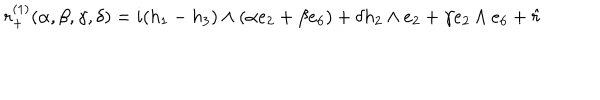
r _ { + } ^ { ( 1 ) } ( \alpha , \beta , \gamma , \delta ) = i ( h _ { 1 } - h _ { 3 } ) \wedge ( \alpha e _ { 2 } + \beta e _ { 6 } ) + \delta h _ { 2 } \wedge e _ { 2 } + \gamma e _ { 2 } \wedge e _ { 6 } + \hat { r }